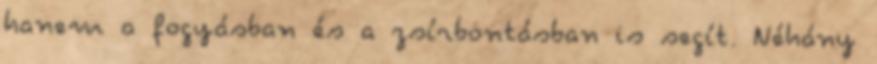
hanem a fogyásban és a zsírbontásban is segít. Néhány